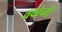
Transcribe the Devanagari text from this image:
ववोनी